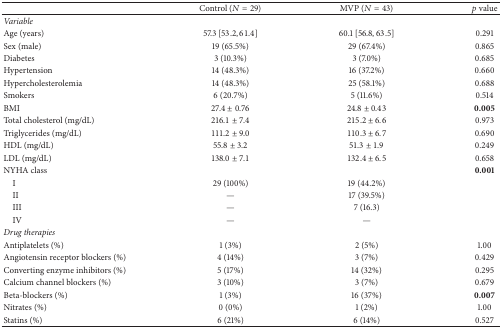
<table><thead><tr><td>[EMPTY_CELL]</td><td><b>Control (<i>N</i> = 29)</b></td><td><b>MVP (<i>N</i> = 43)</b></td><td><b><i>p</i> value</b></td></tr></thead><tbody><tr><td><i>Variable</i></td><td>[EMPTY_CELL]</td><td>[EMPTY_CELL]</td><td>[EMPTY_CELL]</td></tr><tr><td>Age (years)</td><td>57.3 [53.2,61.4]</td><td>60.1 [56.8,63.5]</td><td>0.291</td></tr><tr><td>Sex (male)</td><td>19 (65.5%)</td><td>29 (67.4%)</td><td>0.865</td></tr><tr><td>Diabetes</td><td>3 (10.3%)</td><td>3 (7.0%)</td><td>0.685</td></tr><tr><td>Hypertension</td><td>14 (48.3%)</td><td>16 (37.2%)</td><td>0.660</td></tr><tr><td>Hypercholesterolemia</td><td>14 (48.3%)</td><td>25 (58.1%)</td><td>0.688</td></tr><tr><td>Smokers</td><td>6 (20.7%)</td><td>5 (11.6%)</td><td>0.514</td></tr><tr><td>BMI</td><td>27.4 ± 0.76</td><td>24.8 ± 0.43</td><td><b>0.005</b></td></tr><tr><td>Total cholesterol (mg/dL)</td><td>216.1 ± 7.4</td><td>215.2 ± 6.6</td><td>0.973</td></tr><tr><td>Triglycerides (mg/dL)</td><td>111.2 ± 9.0</td><td>110.3 ± 6.7</td><td>0.690</td></tr><tr><td>HDL (mg/dL)</td><td>55.8 ± 3.2</td><td>51.3 ± 1.9</td><td>0.249</td></tr><tr><td>LDL (mg/dL)</td><td>138.0 ± 7.1</td><td>132.4 ± 6.5</td><td>0.658</td></tr><tr><td>NYHA class</td><td>[EMPTY_CELL]</td><td>[EMPTY_CELL]</td><td><b>0.001</b></td></tr><tr><td> I</td><td>29 (100%)</td><td>19 (44.2%)</td><td>[EMPTY_CELL]</td></tr><tr><td> II</td><td>—</td><td>17 (39.5%)</td><td>[EMPTY_CELL]</td></tr><tr><td> III</td><td>—</td><td>7 (16.3)</td><td>[EMPTY_CELL]</td></tr><tr><td> IV</td><td>—</td><td>—</td><td>[EMPTY_CELL]</td></tr><tr><td><i>Drug therapies</i></td><td>[EMPTY_CELL]</td><td>[EMPTY_CELL]</td><td>[EMPTY_CELL]</td></tr><tr><td>Antiplatelets (%)</td><td>1 (3%)</td><td>2 (5%)</td><td>1.00</td></tr><tr><td>Angiotensin receptor blockers (%)</td><td>4 (14%)</td><td>3 (7%)</td><td>0.429</td></tr><tr><td>Converting enzyme inhibitors (%)</td><td>5 (17%)</td><td>14 (32%)</td><td>0.295</td></tr><tr><td>Calcium channel blockers (%)</td><td>3 (10%)</td><td>3 (7%)</td><td>0.679</td></tr><tr><td>Beta-blockers (%)</td><td>1 (3%)</td><td>16 (37%)</td><td><b>0.007</b></td></tr><tr><td>Nitrates (%)</td><td>0 (0%)</td><td>1 (2%)</td><td>1.00</td></tr><tr><td>Statins (%)</td><td>6 (21%)</td><td>6 (14%)</td><td>0.527</td></tr></tbody></table>